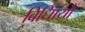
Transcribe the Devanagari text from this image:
विधिायों